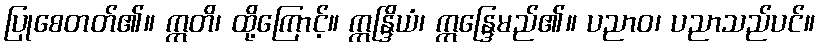
ပြုစေတတ်၏။ ဣတိ၊ ထို့ကြောင့်။ ဣန္ဒြိယံ၊ ဣန္ဒြေမည်၏။ ပညာဝ၊ ပညာသည်ပင်။